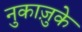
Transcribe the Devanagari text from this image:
नुकाज़ुके